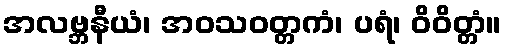
အလဗ္ဘနီယံ၊ အဝသဝတ္တကံ၊ ပရံ၊ ဝိဝိတ္တံ။